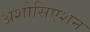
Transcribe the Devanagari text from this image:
अशोसिएशन